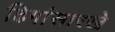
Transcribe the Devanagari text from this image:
ढिगांसारखे